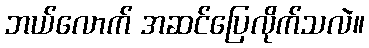
ဘယ်လောက် အဆင်ပြေလိုက်သလဲ။